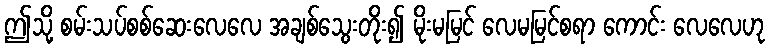
ဤသို့ စမ်းသပ်စစ်ဆေးလေလေ အချစ်သွေးတိုး၍ မိုးမမြင် လေမမြင်စရာ ကောင်း လေလေဟု